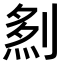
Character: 𠞎